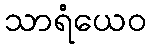
သာရံယေဝ